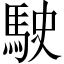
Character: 駛